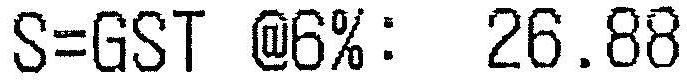
S=GST @6%: 26.88